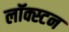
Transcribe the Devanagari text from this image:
लॉक्स्टन